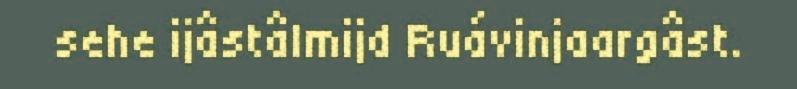
sehe ijâstâlmijd Ruávinjaargâst.